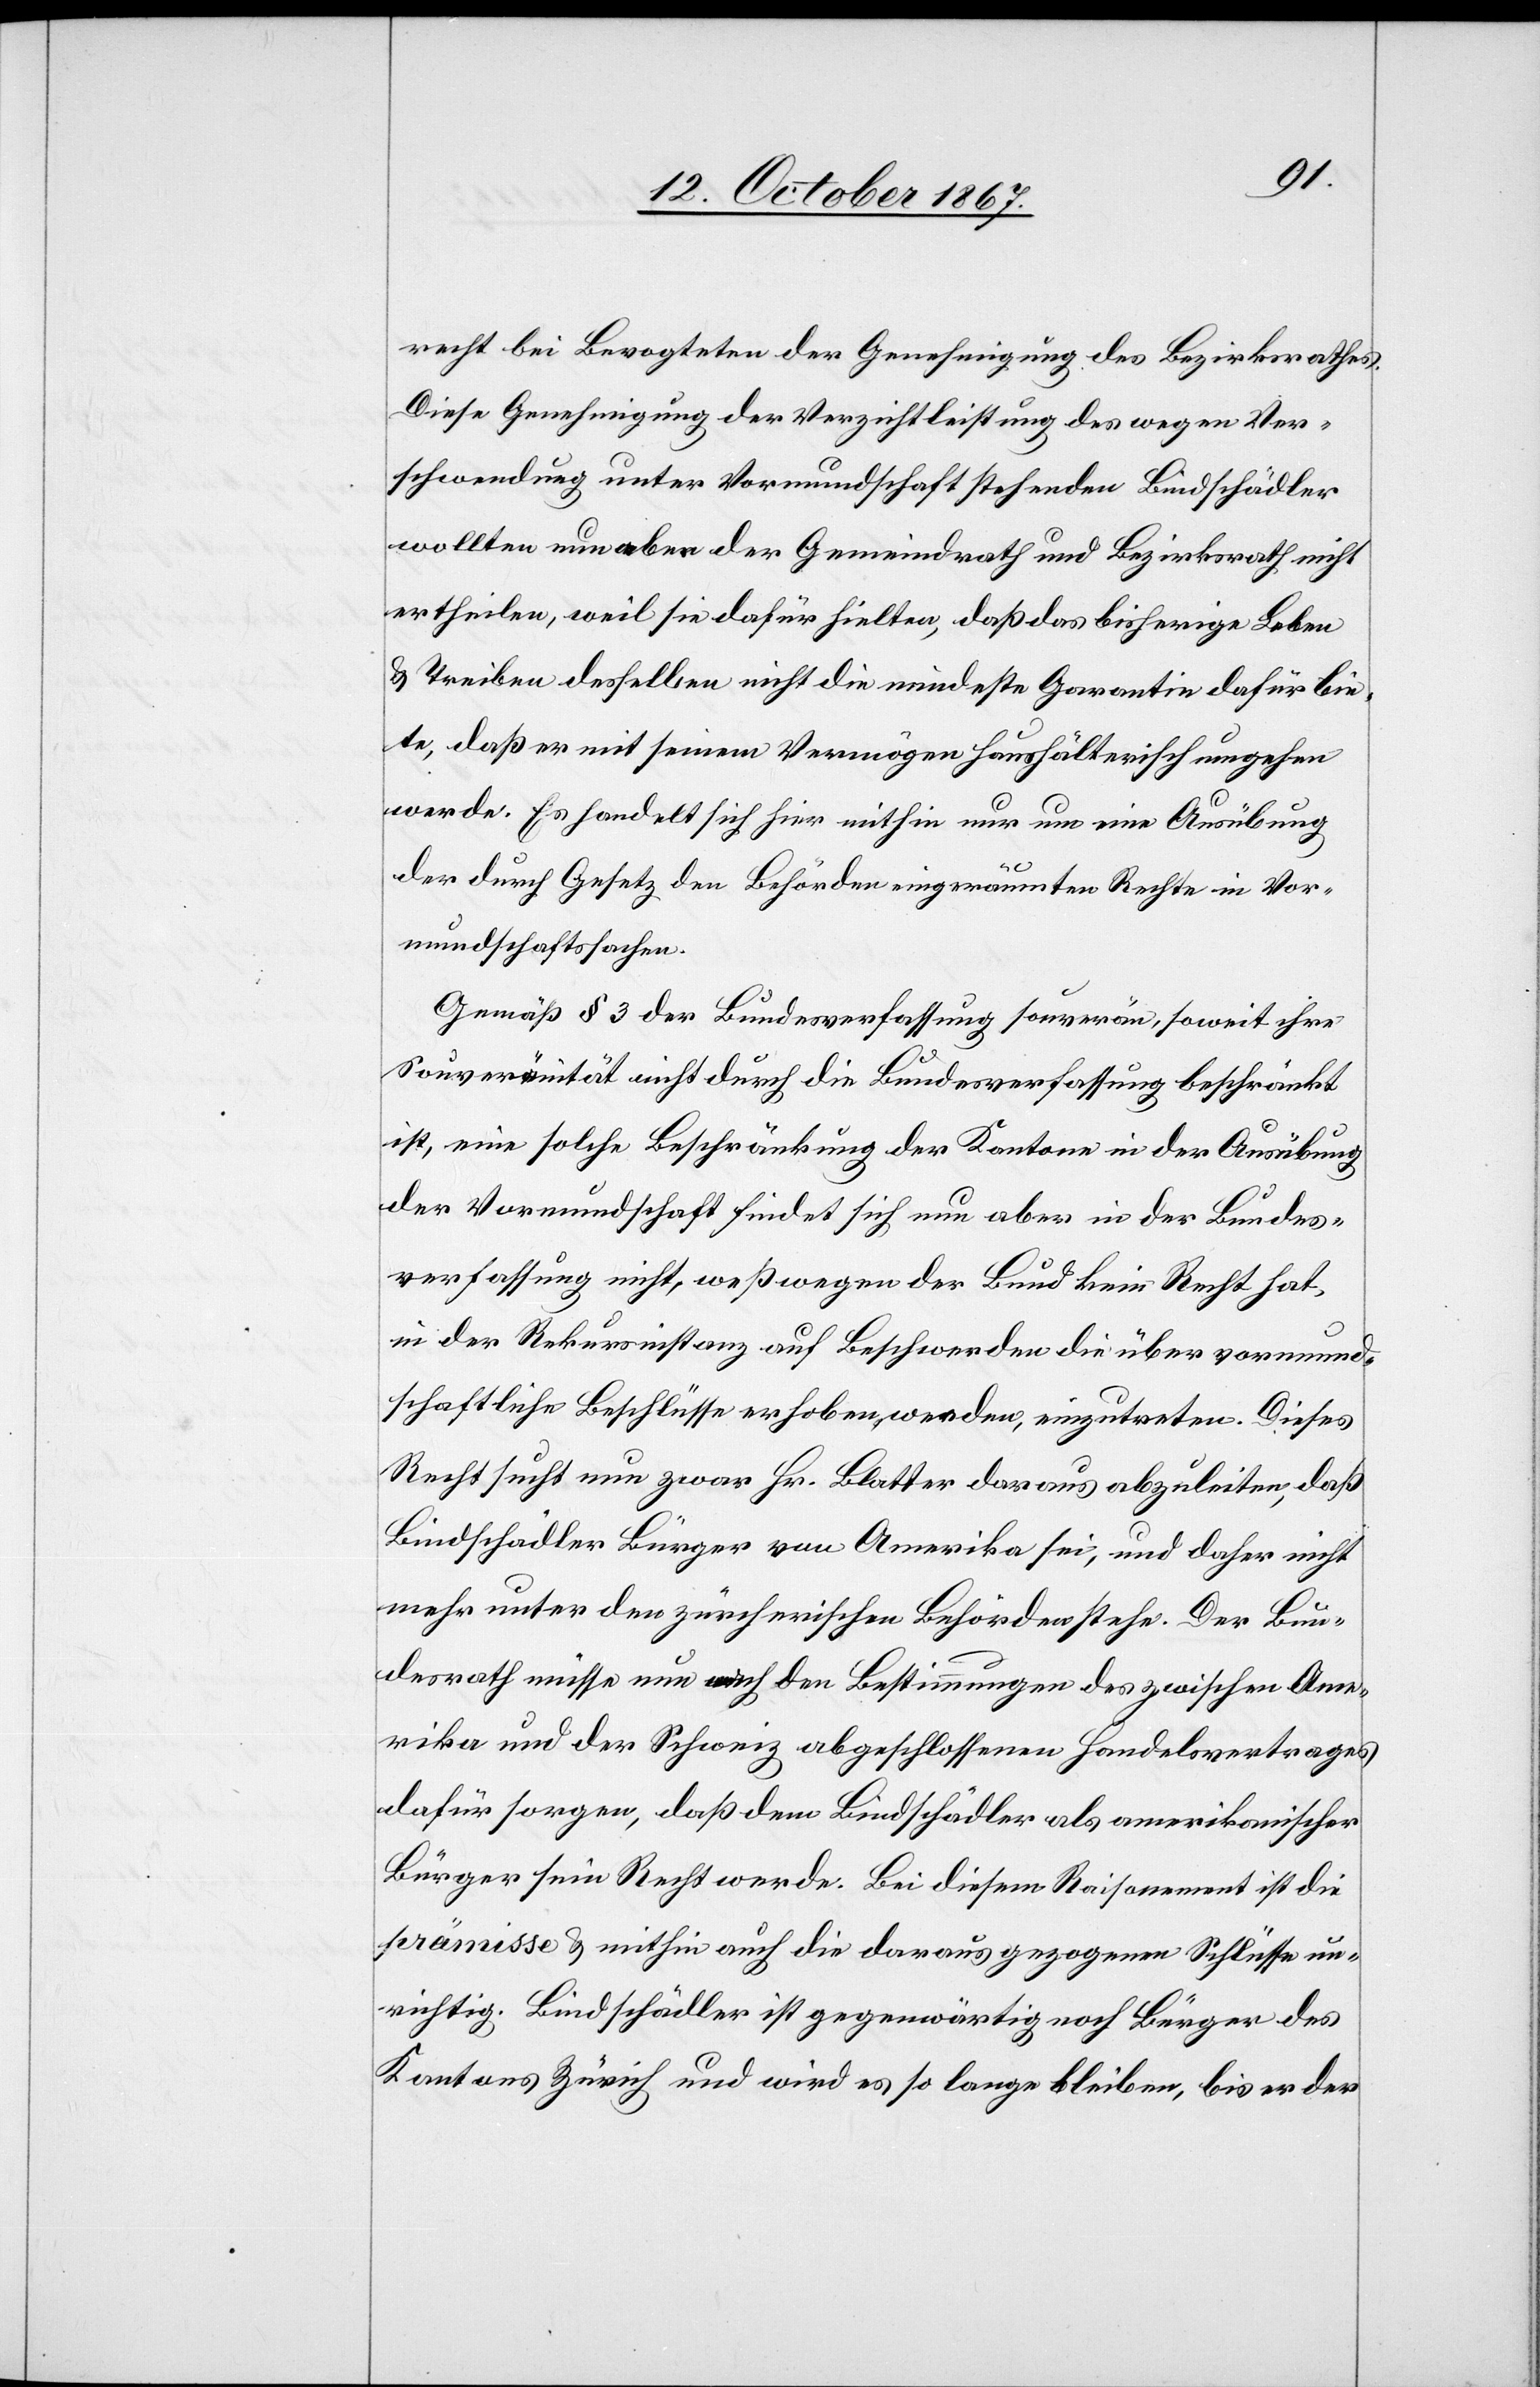
recht bei Bevogteten der Genehmigung des Bezirksrathes.
Diese Genehmigung der Verzichtleistung des wegen Ver¬
schwendung unter Vormundschaft stehenden Bindschädler
wollten nun aber der Gemeindrath und Bezirksrath nicht
ertheilen, weil sie dafür hielte, daß das bisherige Leben
u. Treiben desselben nicht die mindeste Garantie dafür bie¬
te, daß er mit seinem Vermögen haushälterisch umgehen
werde. Es handelt sich hier mithin um eine Ausübung
der durch Gesetz den Behörden eingeräumten Rechte in Vor¬
mundschaftssachen.
Gemäß § 3 der Bundesverfassung [sind die Kantone] souverän soweit ihre
Souveränität nicht durch die Bundesverfassung beschränkt
ist, eine solche Beschränkung der Kantone in der Ausübung
der Vormundschaft findet sich nun aber in der Bundes¬
verfassung nicht, weßwegen der Bund kein Recht hat,
in der Rekursinstanz auf Beschwerden die über vormund¬
schaftliche Beschlüsse erhoben werden, einzutreten. Dieses
Recht sucht nun zwar Hr. Blatter daraus abzuleiten, daß
Bindschädler Bürger von Amerika sei, und daher nicht
mehr unter den zürcherischen Behörden stehe. Der Bun¬
desrath müsse nun nach den Bestimmungen des zwischen Ame¬
rika und der Schweiz abgeschlossenen Handelsvertrages
dafür sorgen, daß dem Bindschädler als amerikanischer
Bürger sein Recht werde. Bei diesem Raisonement ist die
prämisse u. mithin auch die daraus gezogenen Schlüsse un¬
richtig. Bindschädler ist gegenwärtig noch Bürger des
Kantons Zürich und wird es so lange bleiben, bis er der